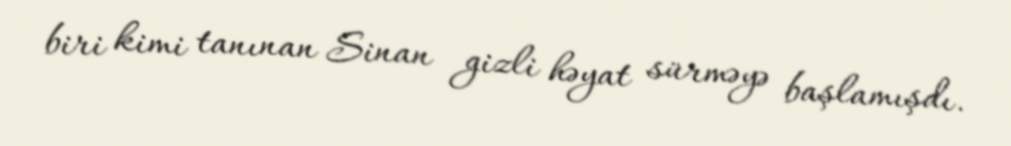
biri kimi tanınan Sinan gizli həyat sürməyə başlamışdı.